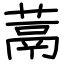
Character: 蒚